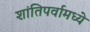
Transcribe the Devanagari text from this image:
शांतिपर्वामध्ये